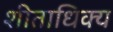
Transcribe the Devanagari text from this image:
शीताधिक्य